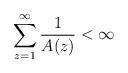
LaTeX: \begin{align*}\sum_{{z=1}}^\infty\frac{1}{A(z)}<\infty\end{align*}